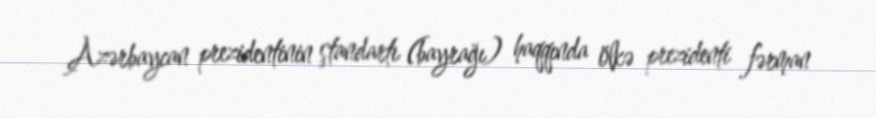
Azərbaycan prezidentinin ştandartı (bayrağı) haqqında ölkə prezidenti fərman